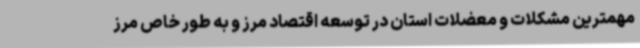
مهمترین مشکلات و معضلات استان در توسعه اقتصاد مرز و به طور خاص مرز